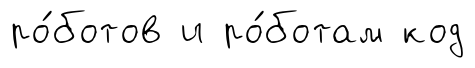
ро́ботов и ро́ботам код